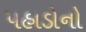
પહાડોનો